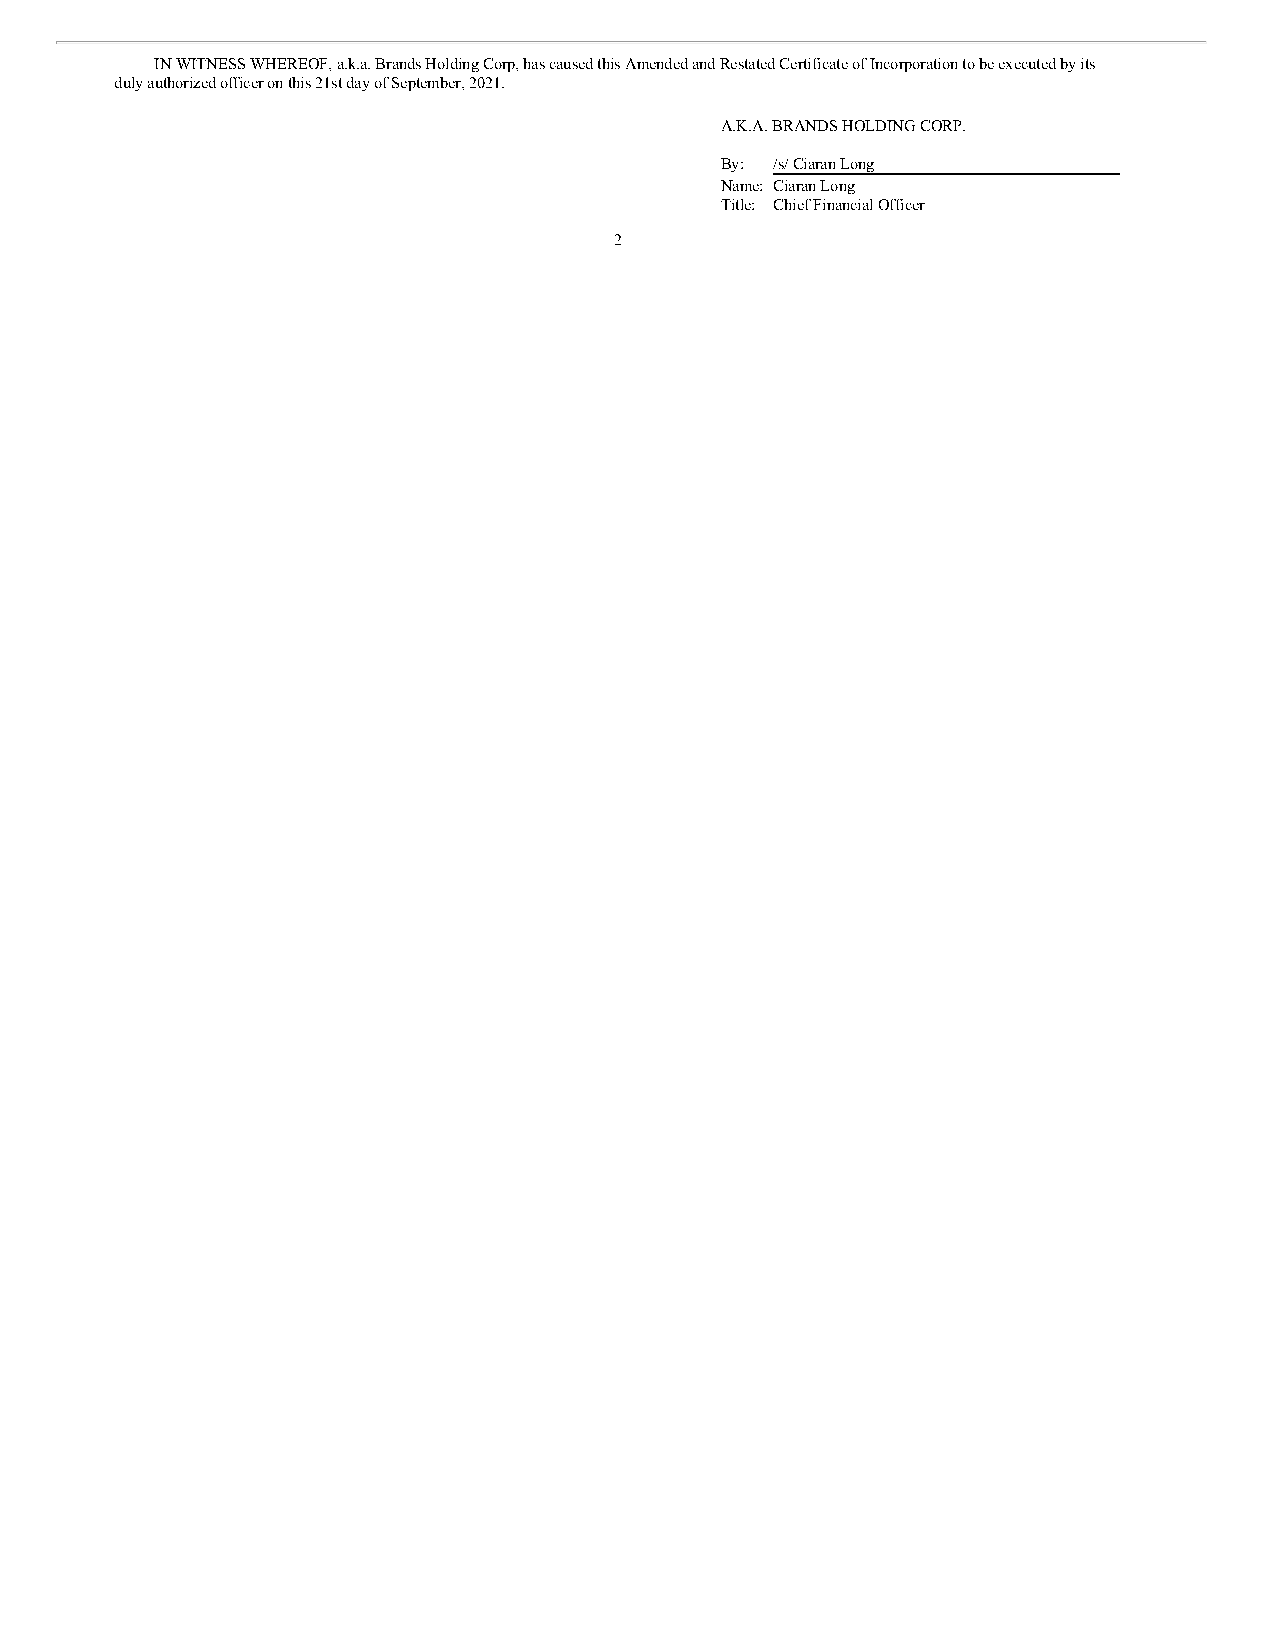
IN WITNESS WHEREOF, a.k.a. Brands Holding Corp, has caused this Amended and Restated Certificate of Incorporation to be executed by its
 duly authorized officer on this 21st day of September, 2021.
 A.K.A. BRANDS HOLDING CORP.
 By: /s/ Ciaran Long
 Name: Ciaran Long
 Title: Chief Financial Officer
 2